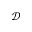
\mathcal { D }